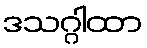
ဒသဂ္ဂါထာ